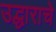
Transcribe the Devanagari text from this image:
उद्धाराचे